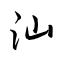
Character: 汕